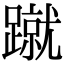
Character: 蹴